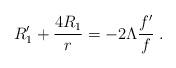
LaTeX: \begin{align*}R'_1 + \frac{4 R_1}{r} = - 2 \Lambda \frac{f'}{f} \; .\end{align*}